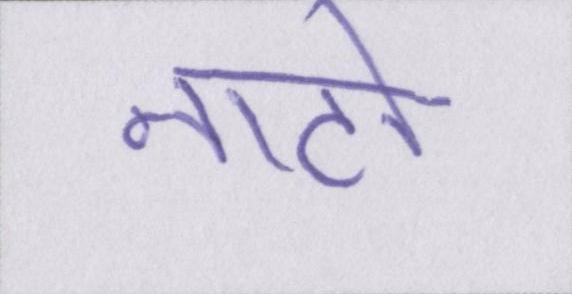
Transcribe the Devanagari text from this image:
नाटो